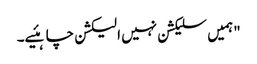
"ہمیں سلیکشن نہیں الیکشن چاہئیے۔